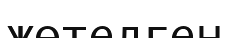
жөтелген